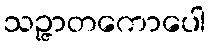
သဉ္ဇာတကောပေါ